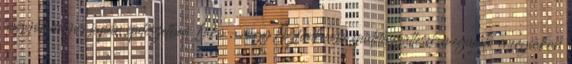
hagyományos japán építészetben Lakó- vagy közfunkciójú épületegyüttesek megújuló energiákon